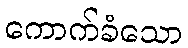
ကောက်ခံသော